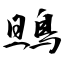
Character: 鴠